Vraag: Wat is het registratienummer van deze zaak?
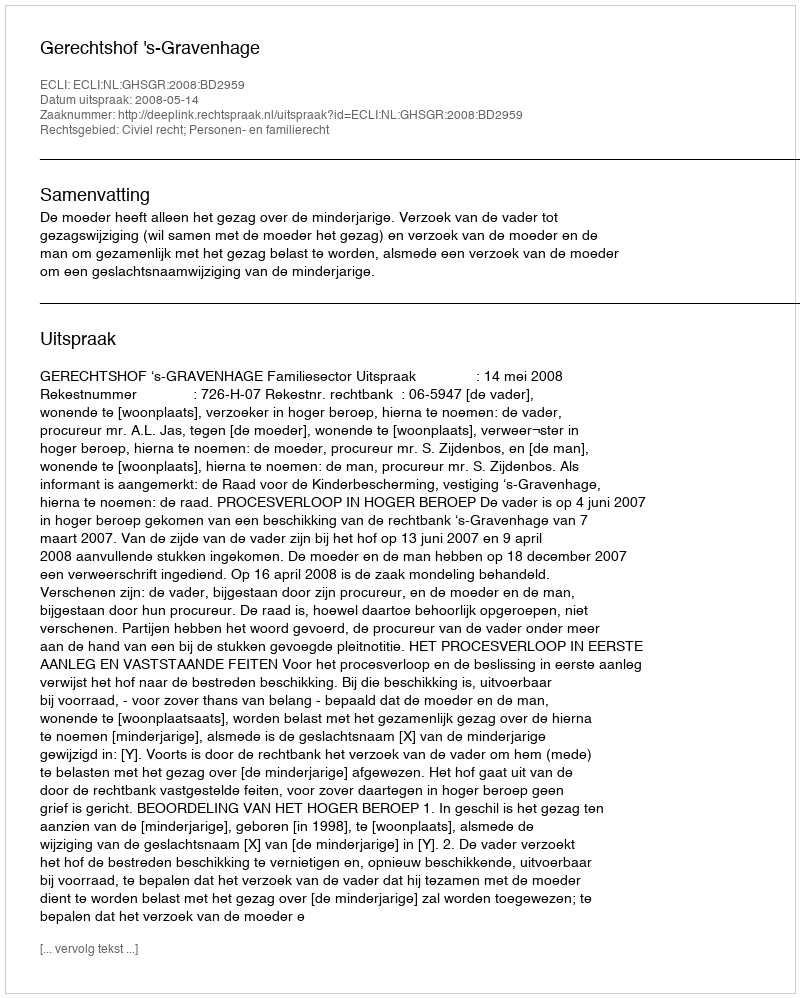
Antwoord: http://deeplink.rechtspraak.nl/uitspraak?id=ECLI:NL:GHSGR:2008:BD2959